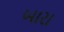
બારા